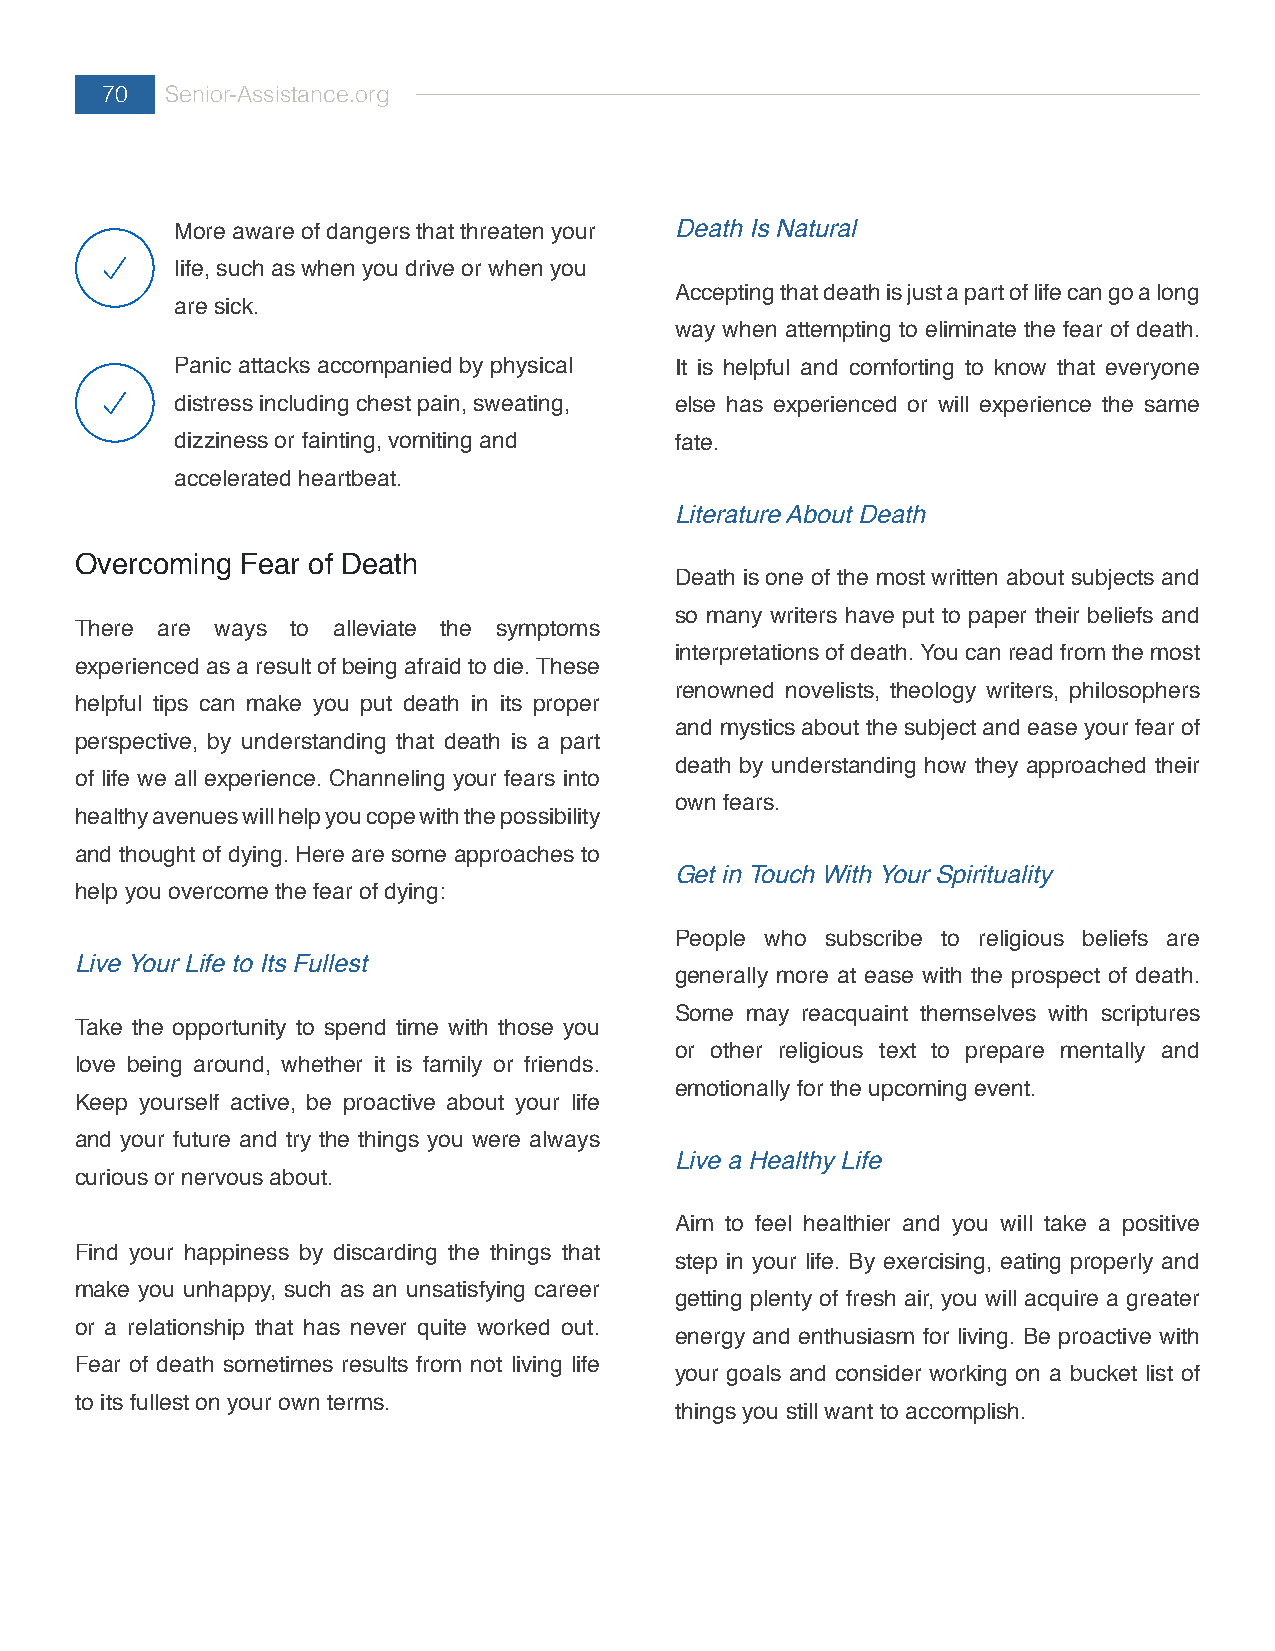
70  Senior-Assistance.org
 More aware of dangers that threaten your Death Is Natural
 life, such as when you drive or when you
 Accepting that death is just a part of life can go a long
 are sick.
 way when attempting to eliminate the fear of death.
 Panic attacks accompanied by physical It is helpful and comforting to know that everyone
 distress including chest pain, sweating, else has experienced or will experience the same
 dizziness or fainting, vomiting and fate.
 accelerated heartbeat.
 Literature About Death
 Overcoming Fear of Death
 Death is one of the most written about subjects and
 so many writers have put to paper their beliefs and
 There are ways to alleviate the symptoms
 interpretations of death. You can read from the most
 experienced as a result of being afraid to die. These
 renowned novelists, theology writers, philosophers
 helpful tips can make you put death in its proper
 and mystics about the subject and ease your fear of
 perspective, by understanding that death is a part
 death by understanding how they approached their
 of life we all experience. Channeling your fears into
 own fears.
 healthy avenues will help you cope with the possibility
 and thought of dying. Here are some approaches to
 Get in Touch With Your Spirituality
 help you overcome the fear of dying:
 People who subscribe to religious beliefs are
 Live Your Life to Its Fullest
 generally more at ease with the prospect of death.
 Some may reacquaint themselves with scriptures
 Take the opportunity to spend time with those you
 or other religious text to prepare mentally and
 love being around, whether it is family or friends.
 emotionally for the upcoming event.
 Keep yourself active, be proactive about your life
 and your future and try the things you were always
 Live a Healthy Life
 curious or nervous about.
 Aim to feel healthier and you will take a positive
 Find your happiness by discarding the things that
 step in your life. By exercising, eating properly and
 make you unhappy, such as an unsatisfying career
 getting plenty of fresh air, you will acquire a greater
 or a relationship that has never quite worked out.
 energy and enthusiasm for living. Be proactive with
 Fear of death sometimes results from not living life
 your goals and consider working on a bucket list of
 to its fullest on your own terms.
 things you still want to accomplish.